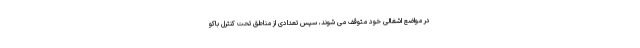
در مواضع اشغالی خود متوقف می شوند، سپس تعدادی از مناطق تحت کنترل باکو